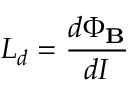
L _ { d } = { \frac { d \Phi _ { \mathbf { B } } } { d I } }